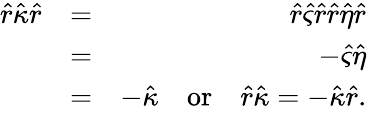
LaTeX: \begin{array}{rlr}{\hat{r}\hat{\kappa}\hat{r}}&{=}&{\hat{r}\hat{\varsigma}\hat{r}\hat{r}\hat{\eta}\hat{r}}\\ &{=}&{-\hat{\varsigma}\hat{\eta}}\\ &{=}&{-\hat{\kappa}\quad\mathrm{or}\quad\hat{r}\hat{\kappa}=-\hat{\kappa}\hat{r}.}\end{array}